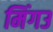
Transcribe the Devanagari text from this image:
मिंगउ